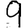
Digit: 9